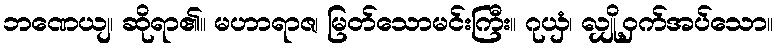
ဘဏေယျ၊ ဆိုရာ၏။ မဟာရာဇ၊ မြတ်သောမင်းကြီး။ ဂုယှံ၊ လျှို့ဝှက်အပ်သော။